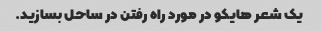
یک شعر هایکو در مورد راه رفتن در ساحل بسازید.